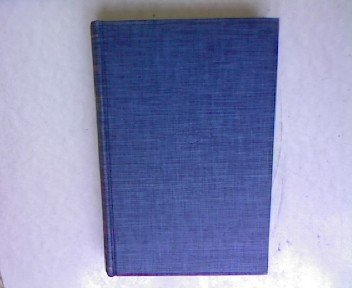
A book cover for The Alkaloids, Chemistry and Physiology, Volume 3;; R. H. F., and H. L. Holmes, editors Manske; Science & Math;